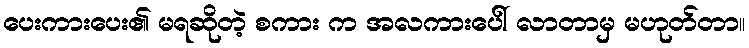
ပေးကားပေး၏ မရဆိုတဲ့ စကား က အလကားပေါ် လာတာမှ မဟုတ်တာ။